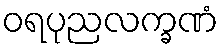
ဝရပုညလက္ခဏံ